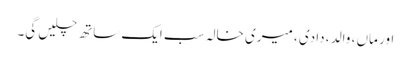
اور ماں ، والد ، دادی ، میری خالہ سب ایک ساتھ چلیں گی۔